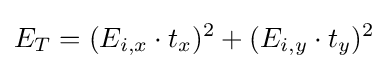
E_{T}=(E_{i,x}\cdot t_{x})^{2}+(E_{i,y}\cdot t_{y})^{2}